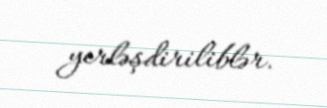
yerləşdiriliblər.